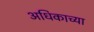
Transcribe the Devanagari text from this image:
अधिकाच्या